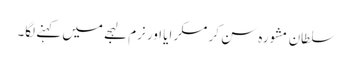
سلطان مشورہ سن کر مسکرایا اور نرم لہجے میں کہنے لگا۔